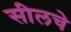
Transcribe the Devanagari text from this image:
सीलचे